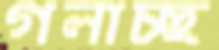
গলাচ্ছ